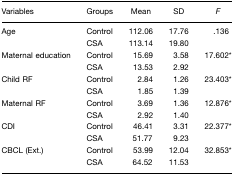
| Variables | Groups | Mean | SD | F |
 | --- | --- | --- | --- | --- |
 | Age | ControlCSA | 112.06113.14 | 17.7619.80 | .136 |
 | Maternal education | ControlCSA | 15.6913.53 | 3.582.92 | 17.602* |
 | Child RF | ControlCSA | 2.841.85 | 1.261.39 | 23.403* |
 | Maternal RF | ControlCSA | 3.692.92 | 1.361.40 | 12.876* |
 | CDI | ControlCSA | 46.4151.77 | 3.319.23 | 22.377* |
 | CBCL (Ext.) | ControlCSA | 53.9964.52 | 12.0411.53 | 32.853* |